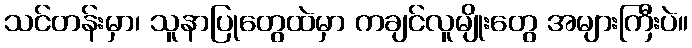
သင်တန်းမှာ၊ သူနာပြုတွေထဲမှာ ကချင်လူမျိုးတွေ အများကြီးပဲ။